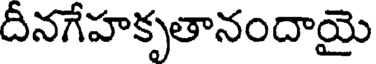
దీనగేహకృతానందాయై